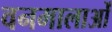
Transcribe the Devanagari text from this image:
वनमालाओं